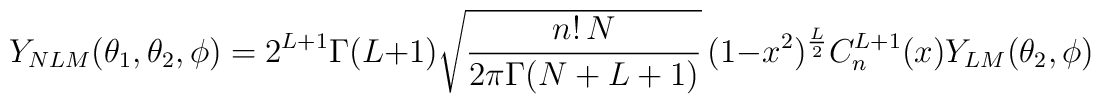
Y_{NLM}(\theta_1,\theta_2,\phi )=2^{L+1}\Gamma (L+1)\sqrt {\frac {n!\,N}{2\pi\Gamma (N+L+1)}}\,(1-x^2)^{\frac L2}C^{L+1}_n(x)Y_{LM}(\theta_2,\phi )